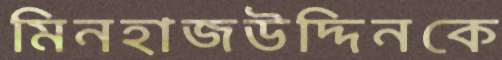
মিনহাজউদ্দিনকে